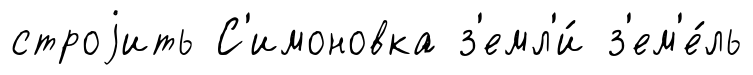
строjить С'имоновка з'емл'и́ з'ем'е́ль